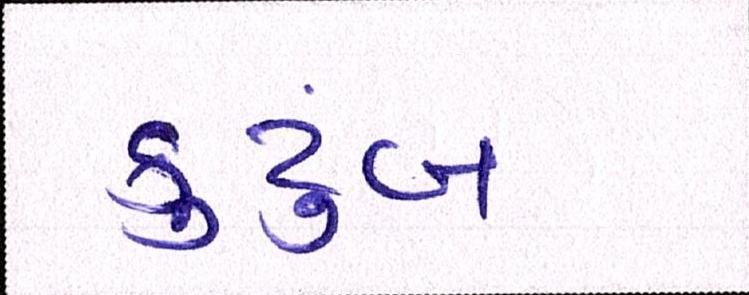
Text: કુટુંબ